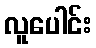
လူပေါင်း